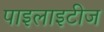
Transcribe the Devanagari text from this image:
पाइलाइटीज